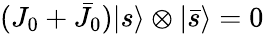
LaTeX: (J_{0}+\bar{J}_{0}){\vert{s}\rangle}\otimes{\vert{\bar{s}}\rangle}=0